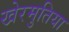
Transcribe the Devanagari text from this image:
खेरमुतिया